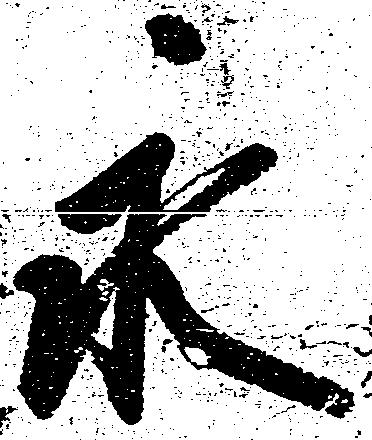
永